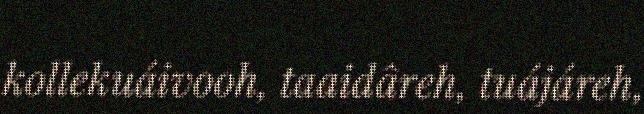
kollekuáivooh, taaidâreh, tuájáreh,